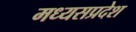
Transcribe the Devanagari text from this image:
मध्यसप्रदेश